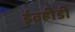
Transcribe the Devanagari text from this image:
ईव्हीडी